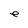
Character: e